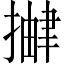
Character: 𫽹